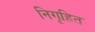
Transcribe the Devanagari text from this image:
निगृहित